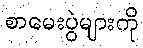
စာမေးပွဲများကို